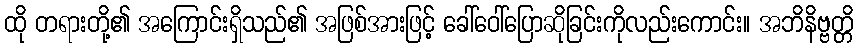
ထို တရားတို့၏ အကြောင်းရှိသည်၏ အဖြစ်အားဖြင့် ခေါ်ဝေါ်ပြောဆိုခြင်းကိုလည်းကောင်း။ အဘိနိဗ္ဗတ္တိ